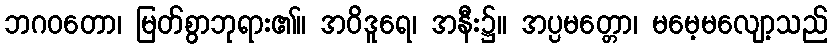
ဘဂဝတော၊ မြတ်စွာဘုရား၏။ အဝိဒူရေ၊ အနီး၌။ အပ္ပမတ္တော၊ မမေ့မလျော့သည်